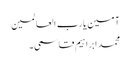
آمین یارب العالمین
محمد ابراہیم قاسمی۔